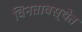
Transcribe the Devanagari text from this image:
विनतावस्थेत